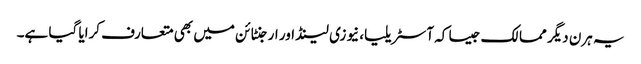
یہ ہرن دیگر ممالک جیسا کہ آسٹریلیا، نیوزی لینڈ اور ارجنٹائن میں بھی متعارف کرایا گیا ہے۔